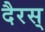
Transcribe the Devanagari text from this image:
दैरस्